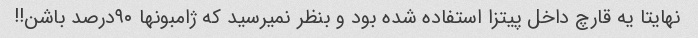
نهایتا یه قارچ داخل پیتزا استفاده شده بود و بنظر نمیرسید که ژامبونها ۹۰درصد باشن!!